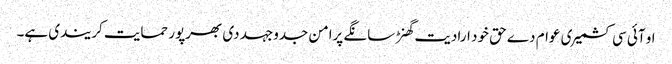
او آئی سی کشمیری عوام دے حق خود ارادیت گھنڑ سانگے پرامن جدوجہد دی بھرپور حمایت کریندی ہے۔